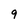
Character: 9